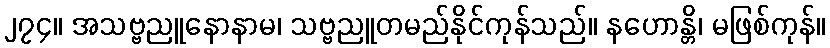
၂၇၄။ အသဗ္ဗညူနောနာမ၊ သဗ္ဗညူတမည်နိုင်ကုန်သည်။ နဟောန္တိ၊ မဖြစ်ကုန်။